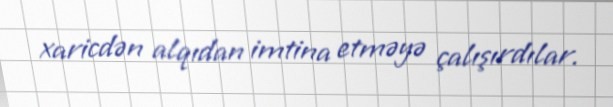
xaricdən alqıdan imtina etməyə çalışırdılar.